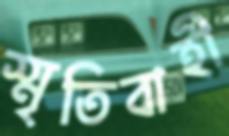
স্মৃতিবাহী